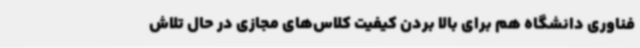
فناوری دانشگاه هم برای بالا بردن کیفیت کلاس‌های مجازی در حال تلاش